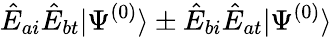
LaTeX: \hat{E}_{ai}\hat{E}_{bt}|\Psi^{(0)}\rangle\pm\hat{E}_{bi}\hat{E}_{at}|\Psi^{(0)}\rangle